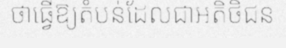
ថាធ្វើឱ្យតំបន់ដែលជាអតិថិជន